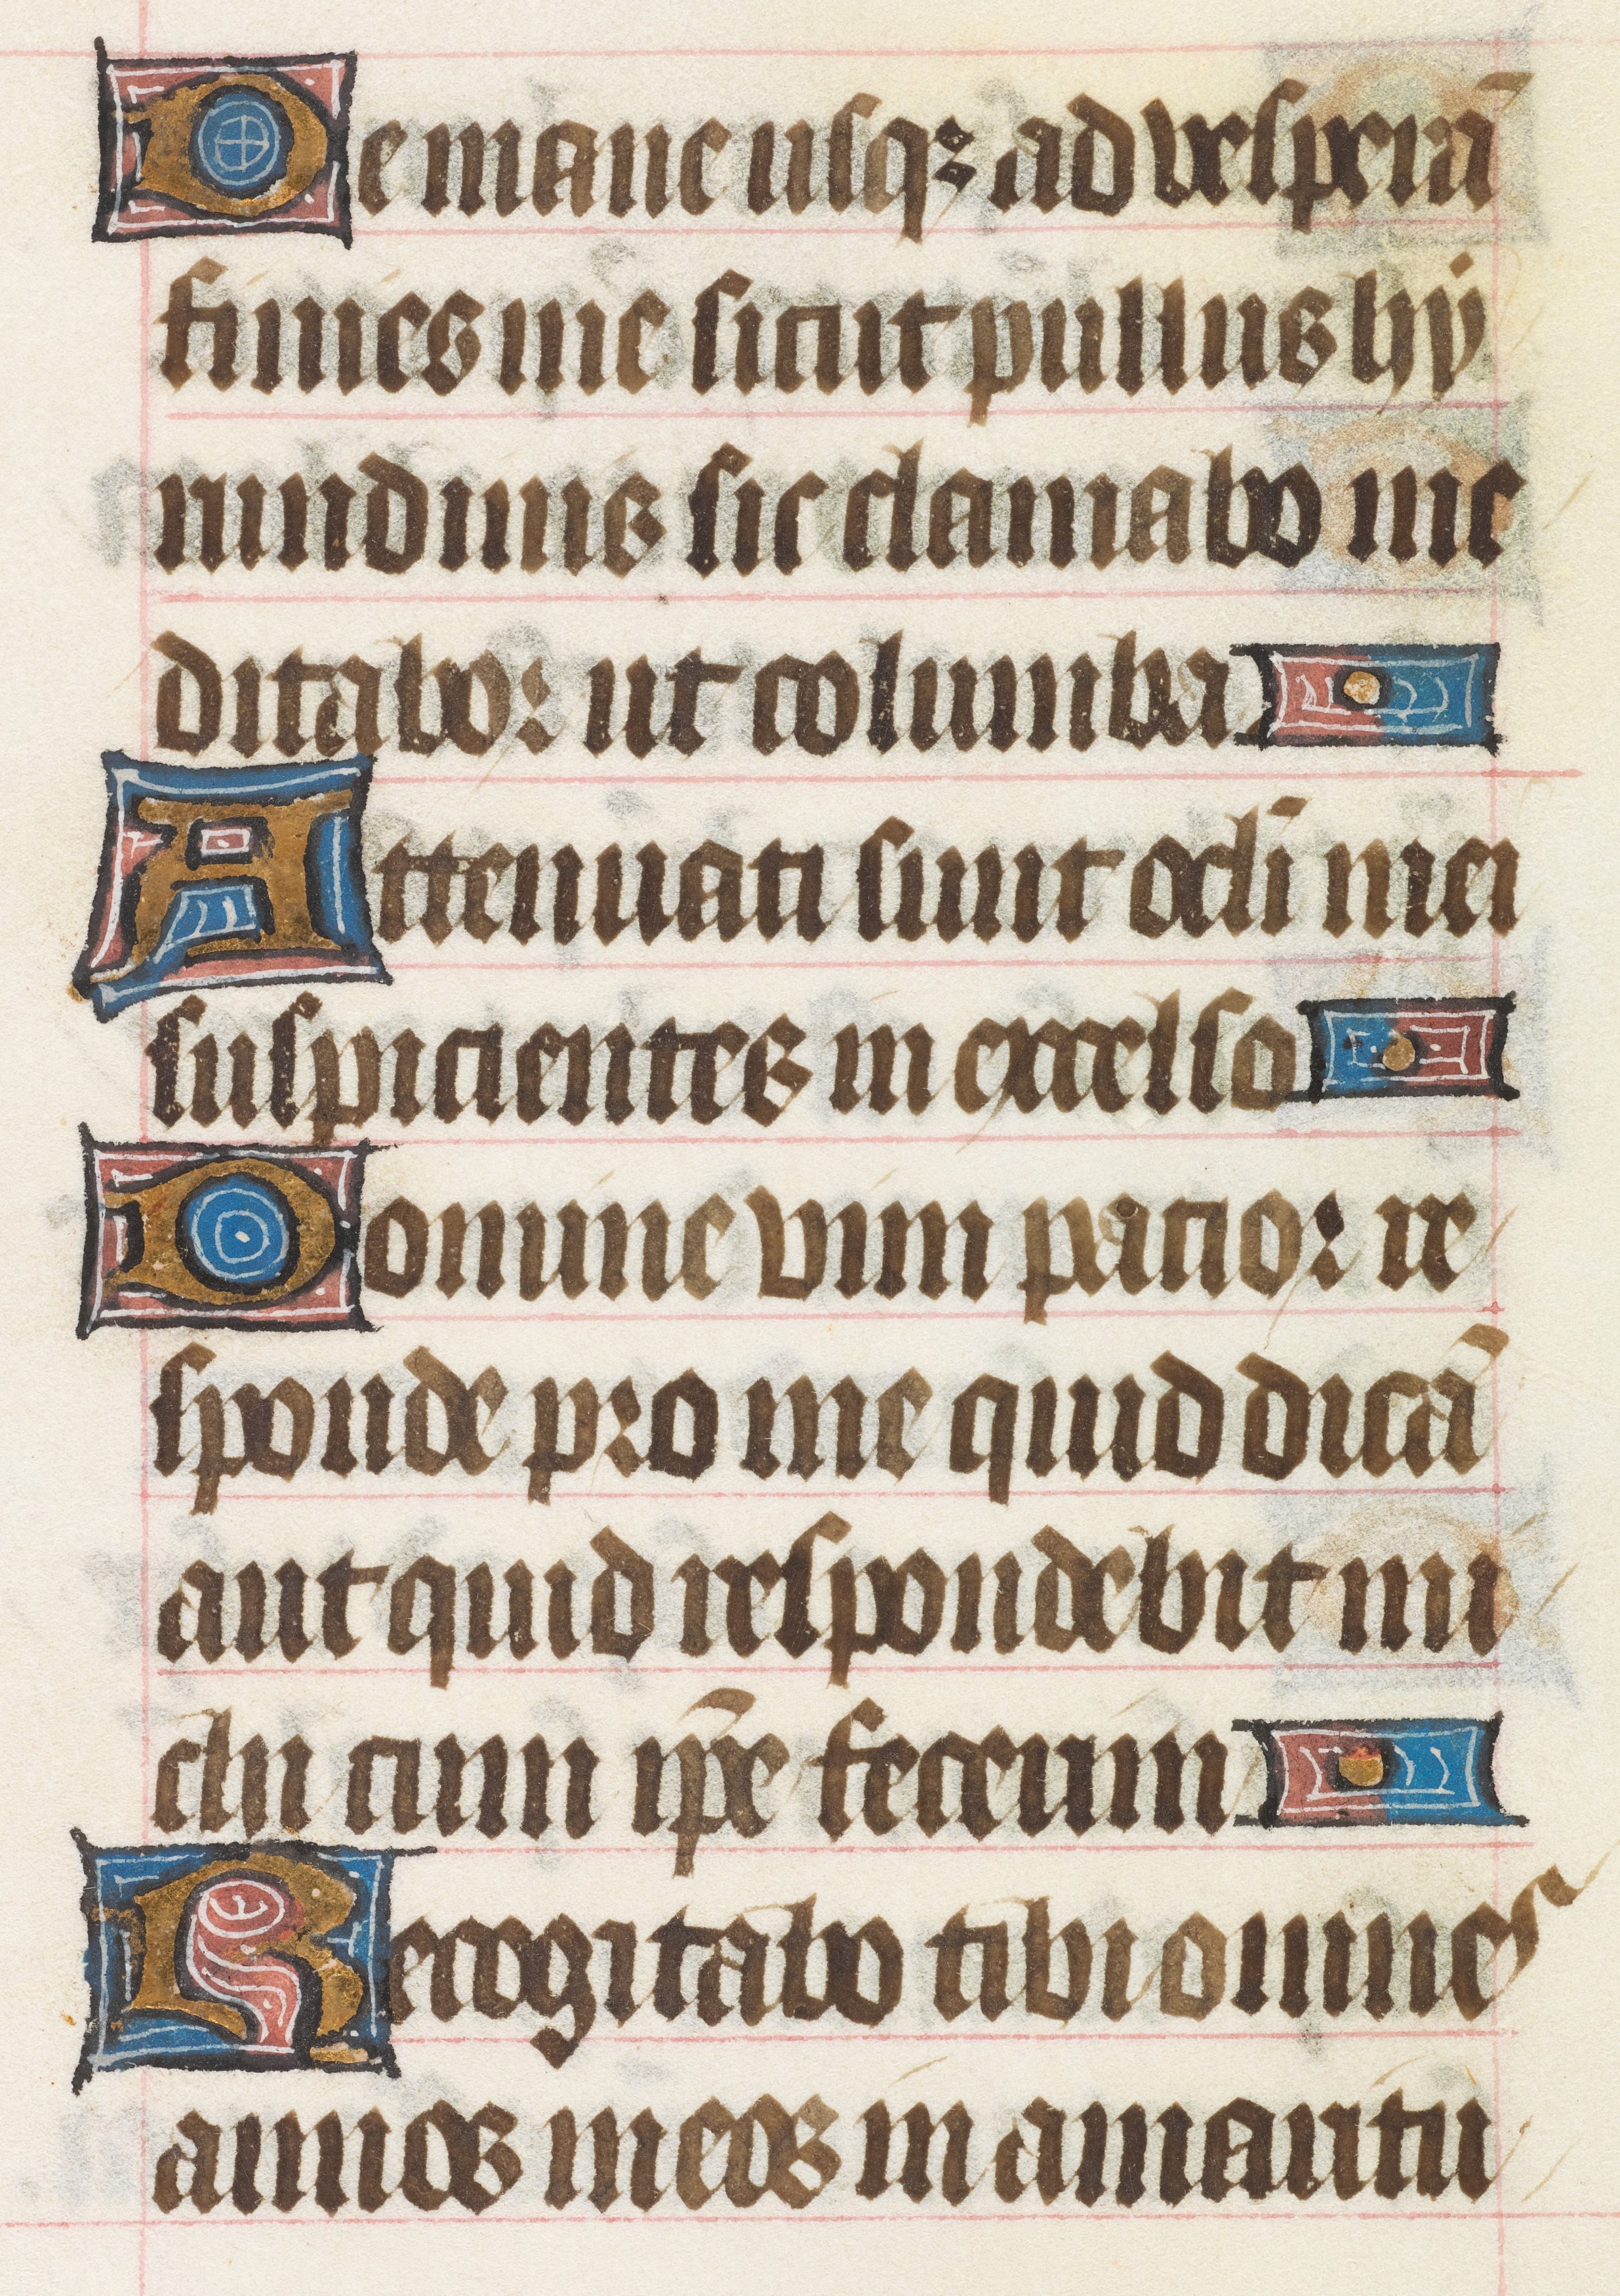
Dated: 1414–1445